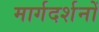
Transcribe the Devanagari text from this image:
मार्गदर्शनों